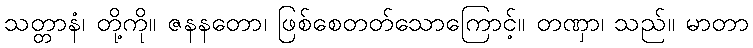
သတ္တာနံ၊ တို့ကို။ ဇနနတော၊ ဖြစ်စေတတ်သောကြောင့်။ တဏှာ၊ သည်။ မာတာ